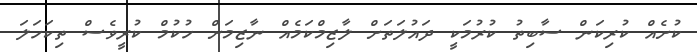
ކުށެއް ކުރިކަން ސާބިތު ކުރުމަކީ ދައުލަތަށް ލާޒިމްކަމެއް ނާޒިމަށް ހުކުމް ކުރީވެސް ތިކަހަލަ